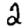
Digit: 2